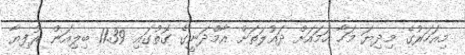
މިއަހަރުގެ މިދިޔަ މަހާ ހަމައަށް ދައުލަތަށް އާމްދަނީގެ ގޮތުގައި 11.39 ބިލިއަން ރުފިޔާ